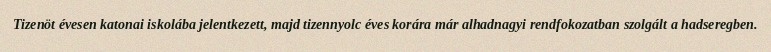
Tizenöt évesen katonai iskolába jelentkezett, majd tizennyolc éves korára már alhadnagyi rendfokozatban szolgált a hadseregben.